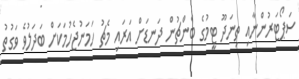
ސަޕޯޓަރުންނާއި ތިނަދޫ ޓީމުގެ ބެންޗުން ދަނޑަށް އަރައި މެޗު ހަމަނުޖެހުމަކަށް ބަދަލުވެ ވަގުތު